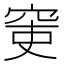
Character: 𥥥